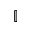
\mathbb { I }